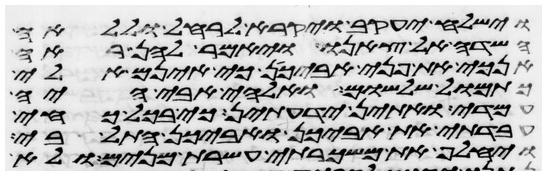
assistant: וישלח יעקב ויקרא לרחל וללאה
השדה אל צאנו ויאמר להן ראה
אנכי את פני אביכן כי אינם אלי
כתמול שלשום ואלהי אבי היה
עמדי ואתין ידעתן כי בכל כחי
עבדתי את אביכן ואביכן התל בי
ויחלף את משכרתי עשרת מנים ולא